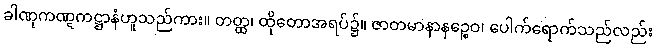
ခါဏုကဏ္ဋကဋ္ဌာနံဟူသည်ကား။ တတ္ထ၊ ထိုတောအရပ်၌။ ဇာတမာနာနဉ္စေဝ၊ ပေါက်ရောက်သည်လည်း